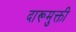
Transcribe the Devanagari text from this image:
दारूमुक्ती